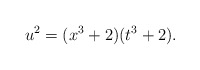
\begin{align*}u^2=(x^3+2)(t^3+2).\end{align*}